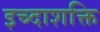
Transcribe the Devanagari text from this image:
इच्दाशक्ति